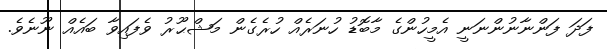
ފަދަ ފަންނާނުންނަނީ އެމީހުންގެ މާބޮޑު ހުނަރެއް ހުރެގެން މަޝްޙޫރު ވެފައިވާ ބައެއް ނޫނެވެ.